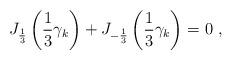
LaTeX: \begin{align*}J_{\frac{1}{3}} \left(\frac{1}{3} \gamma_k\right) + J_{-\frac{1}{3}} \left(\frac{1}{3} \gamma_k\right) = 0 \,\, ,\end{align*}